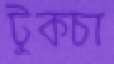
টুকচা